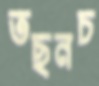
তছনচ